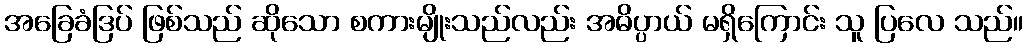
အခြေခံဒြပ် ဖြစ်သည် ဆိုသော စကားမျိုးသည်လည်း အဓိပ္ပာယ် မရှိကြောင်း သူ ပြလေ သည်။